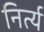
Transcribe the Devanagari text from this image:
निर्त्य